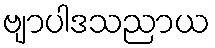
ဗျာပါဒသညာယ